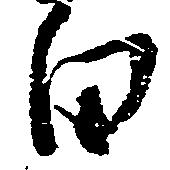
白